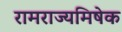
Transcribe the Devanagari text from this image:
रामराज्यमिषेक